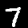
Digit: 7